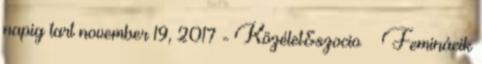
napig tart november 19, 2017 - Közélet&szocio Feminácik